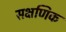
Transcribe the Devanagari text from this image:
सक्षणिक